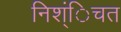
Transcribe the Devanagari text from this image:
निश्ंिचत